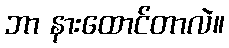
ဘာ နားထောင်တာလဲ။